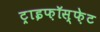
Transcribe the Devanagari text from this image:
ट्राइफ़ॉस्फ़ेट